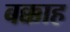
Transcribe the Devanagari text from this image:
बक्काह